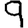
Digit: 9